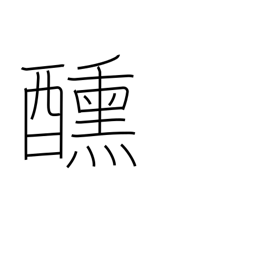
Meaning: hunger